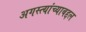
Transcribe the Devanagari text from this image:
अगस्त्यांच्याबद्दल